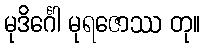
မုဒိင်္ဂေါ မုရဇောဿ တု။